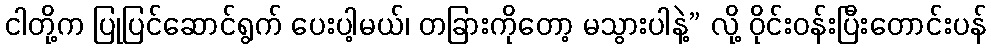
ငါတို့က ပြုပြင်ဆောင်ရွက် ပေးပါ့မယ်၊ တခြားကိုတော့ မသွားပါနဲ့” လို့ ဝိုင်းဝန်းပြီးတောင်းပန်